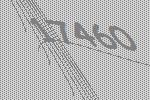
17460